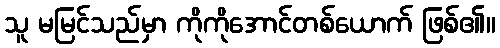
သူ မမြင်သည်မှာ ကိုကိုအောင်တစ်ယောက် ဖြစ်၏။